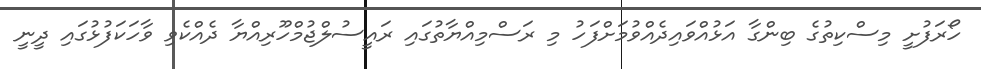
ހޯރަފުށީ މިސްކިތުގެ ބިންގާ އަޅުއްވައިދެއްވުމަށްފަހު މި ރަސްމިއްޔާތުގައި ރައީސުލްޖުމްހޫރިއްޔާ ދެއްކެވި ވާހަކަފުޅުގައި ދީނީ